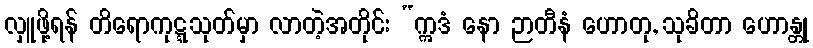
လှူဖို့ရန် တိရောကုဋ္ဋသုတ်မှာ လာတဲ့အတိုင်း “ဣဒံ နော ဉာတီနံ ဟောတု, သုခိတာ ဟောန္တု